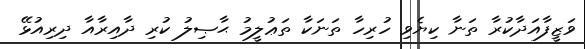
ވަޒީފާއަދާކުރާ ތަނާ ކިޔެވި ހުރިހާ ތަނަކާ ތަޢުލީމު ޙާޞިލު ކުރި ދާއިރާއާ ދިރިއުޅޭ